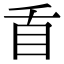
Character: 𭾜